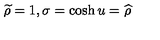
\widetilde { \rho } = 1 , \sigma = \cosh u = \widehat { \rho }